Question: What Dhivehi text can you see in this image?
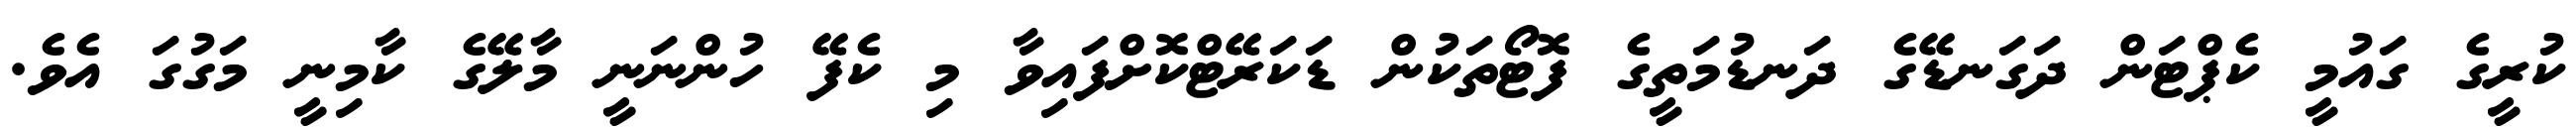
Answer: ކުރީގެ ގައުމީ ކެޕްޓަން ދަގަނޑޭގެ ދަނޑުމަތީގެ ފޮޓޯތަކުން ޑަކަރޭޓްކޮށްފައިވާ މި ކެފޭ ހުންނަނީ މާލޭގެ ކާމިނީ މަގުގަ އެވެ.